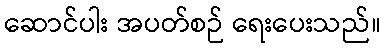
ဆောင်ပါး အပတ်စဉ် ရေးပေးသည်။